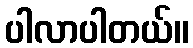
ပါလာပါတယ်။